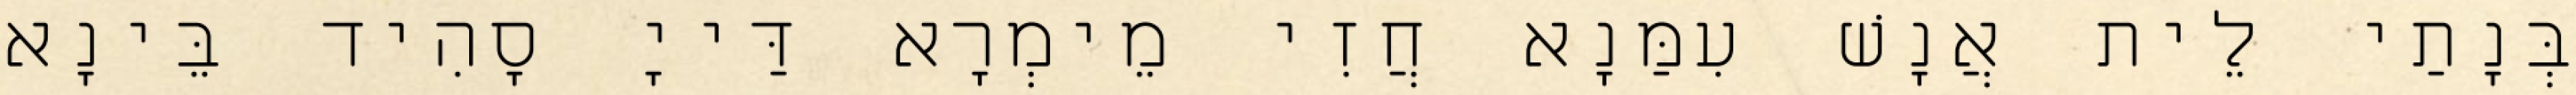
בְּנָתַי לֵית אֲנָשׁ עִמַּנָא חֲזִי מֵימְרָא דַּייָ סָהִיד בֵּינָא